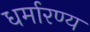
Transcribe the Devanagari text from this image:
धर्मारण्य